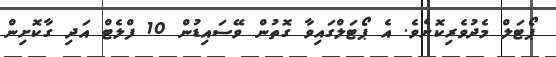
ޕޯޓަލް މެދުވެރިކޮށެވެ. އެ ޕޯޓަލްގައިވާ ގޮތުން ވޭސައިޑުން 10 ފްލެޓް އަދި ގާކޮށިން